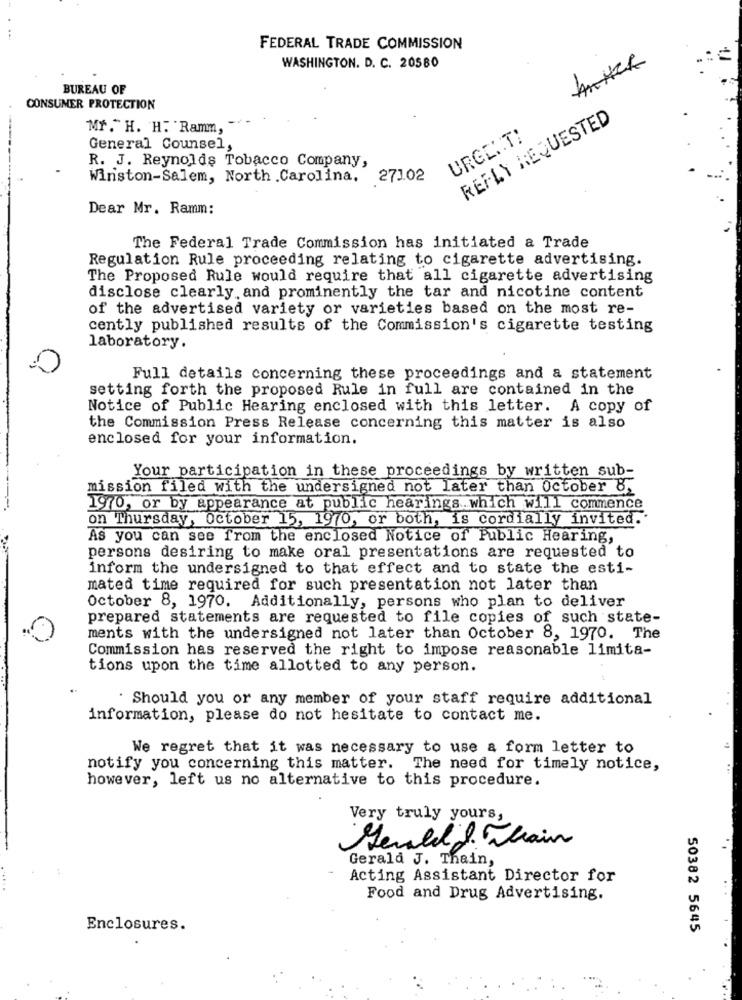
FEDERAL TRADE COMMISSION
AnHER
WASHINGTON. D. C. 20580
BUREAU OF
CONSUMER PROTECTION
REPLY REQUESTED
Mr."H. H. Ramm,
URGENT:
General Counsel
R. J. Reynolds Tobacco Company,
Winston-Salem, North Carolina,
273.02
Dear Mr. Ramm:
The Federal Trade Commission has initiated a Trade
Regulation Rule proceeding relating to cigarette advertising.
The Proposed Rule would require that all cigarette advertising
disclose clearly. and prominently the tar and nicotine content
of the advertised variety or varieties based on the most re-
cently published results of the Commission's cigarette testing
laboratory.
Full details concerning these proceedings and a statement
setting forth the proposed Rule in full are contained in the
Notice of Public Hearing enclosed with this letter. A copy of
the Commission Press Release concerning this matter is also
enclosed for your information.
Your participation in these proceedings by written sub-
mission filed with the undersigned not later than October 8,
1970, or by appearance at public hearings which will commence
on Thursday, October 15, 1970, or both, is cordially invited ..
As you can see from the enclosed Notice of Public Hearing,
persons desiring to make oral presentations are requested to
inform the undersigned to that effect and to state the esti-
mated time required for such presentation not later than
October 8, 1970. Additionally, persons who plan to deliver
prepared statements are requested to file copies of such state-
ments with the undersigned not later than October 8, 1970. The
Commission has reserved the right to impose reasonable limita-
tions upon the time allotted to any person.
Should you or any member of your staff require additional
information, please do not hesitate to contact me.
We regret that it was necessary to use a form letter to
notify you concerning this matter. The need for timely notice,
however, left us no alternative to this procedure.
Very truly yours,
Gerald & Wain
Gerald J. Thain,
Acting Assistant Director for
Food and Drug Advertising.
Enclosures.
50382 5645